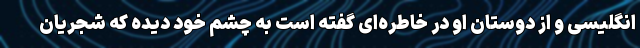
انگلیسی و از دوستان او در خاطره‌ای گفته است به چشم خود دیده که شجریان